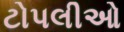
ટોપલીઓ